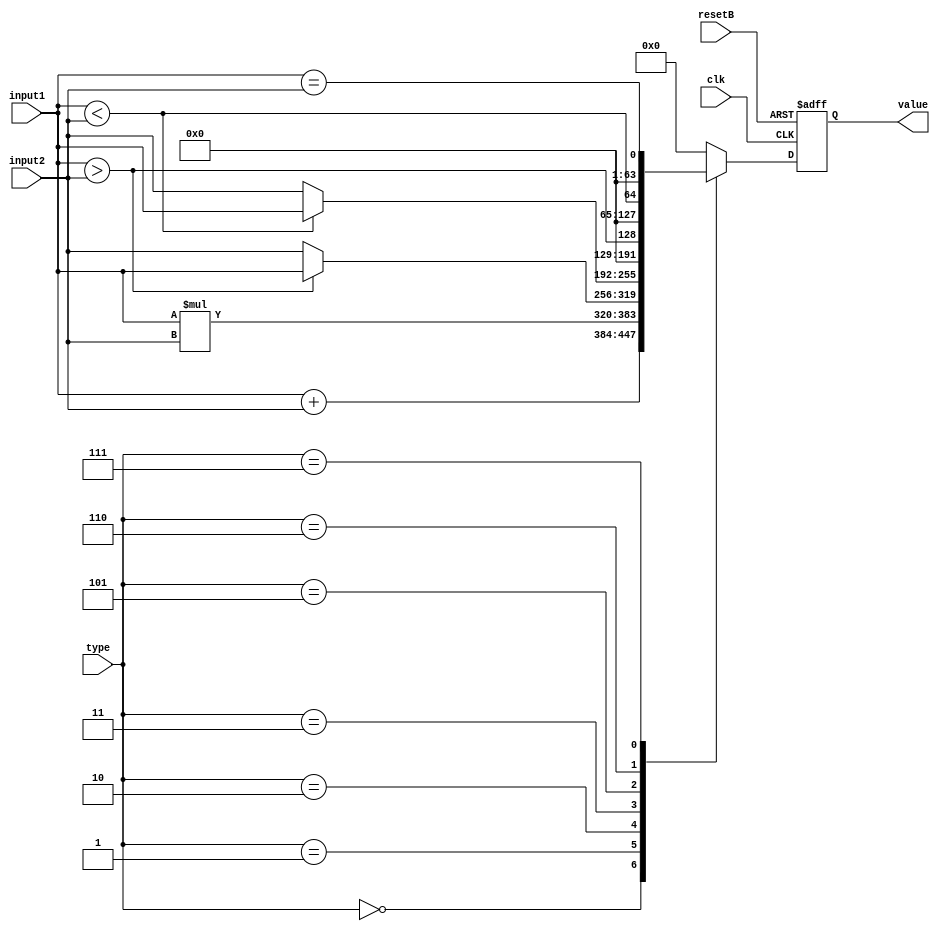
module Operator(
   //outputs
   value,

   //inputs
   clk,
   resetB,
   input1,
   input2,
   type
   );

   output[63:0] value;

   input clk;
   input resetB;
   input [63:0] input1;
   input [63:0] input2;
   input [2:0] type;

   reg[63:0] value;
   reg[63:0] value_next;

   always @(posedge clk or negedge resetB)
   begin
      if(~resetB) begin
          value <= 64'b0;
      end
      else begin
         value <= value_next;
      end
   end

   always @(type or input1 or input2)
   begin
      value_next = 64'b0;
      case (type)
         3'b000 : value_next = input1 + input2;
         3'b001 : value_next = input1 * input2;
         3'b010 : value_next = (input1 > input2) ? input1 : input2;
         3'b011 : value_next = (input1 < input2) ? input1 : input2;
         3'b101 : value_next = {63'b0, input1 > input2};
         3'b110 : value_next = {63'b0, input1 < input2};
         3'b111 : value_next = {63'b0, input1 == input2};
      endcase
   end

endmodule